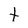
Character: t